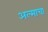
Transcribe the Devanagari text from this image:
अल्माचा